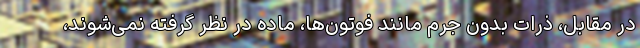
در مقابل، ذرات بدون جرم مانند فوتون‌ها، ماده در نظر گرفته نمی‌شوند،